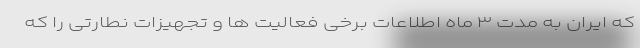
که ایران به مدت ۳ ماه اطلاعات برخی فعالیت ها و تجهیزات نطارتی را که